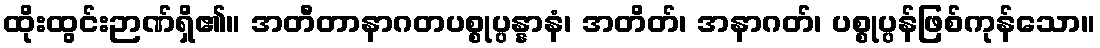
ထိုးထွင်းဉာဏ်ရှိ၏။ အတီတာနာဂတပစ္စုပ္ပန္နာနံ၊ အတိတ်၊ အနာဂတ်၊ ပစ္စုပ္ပန်ဖြစ်ကုန်သော။